Jaan_Tonisson_(Lasteleht), lk 197
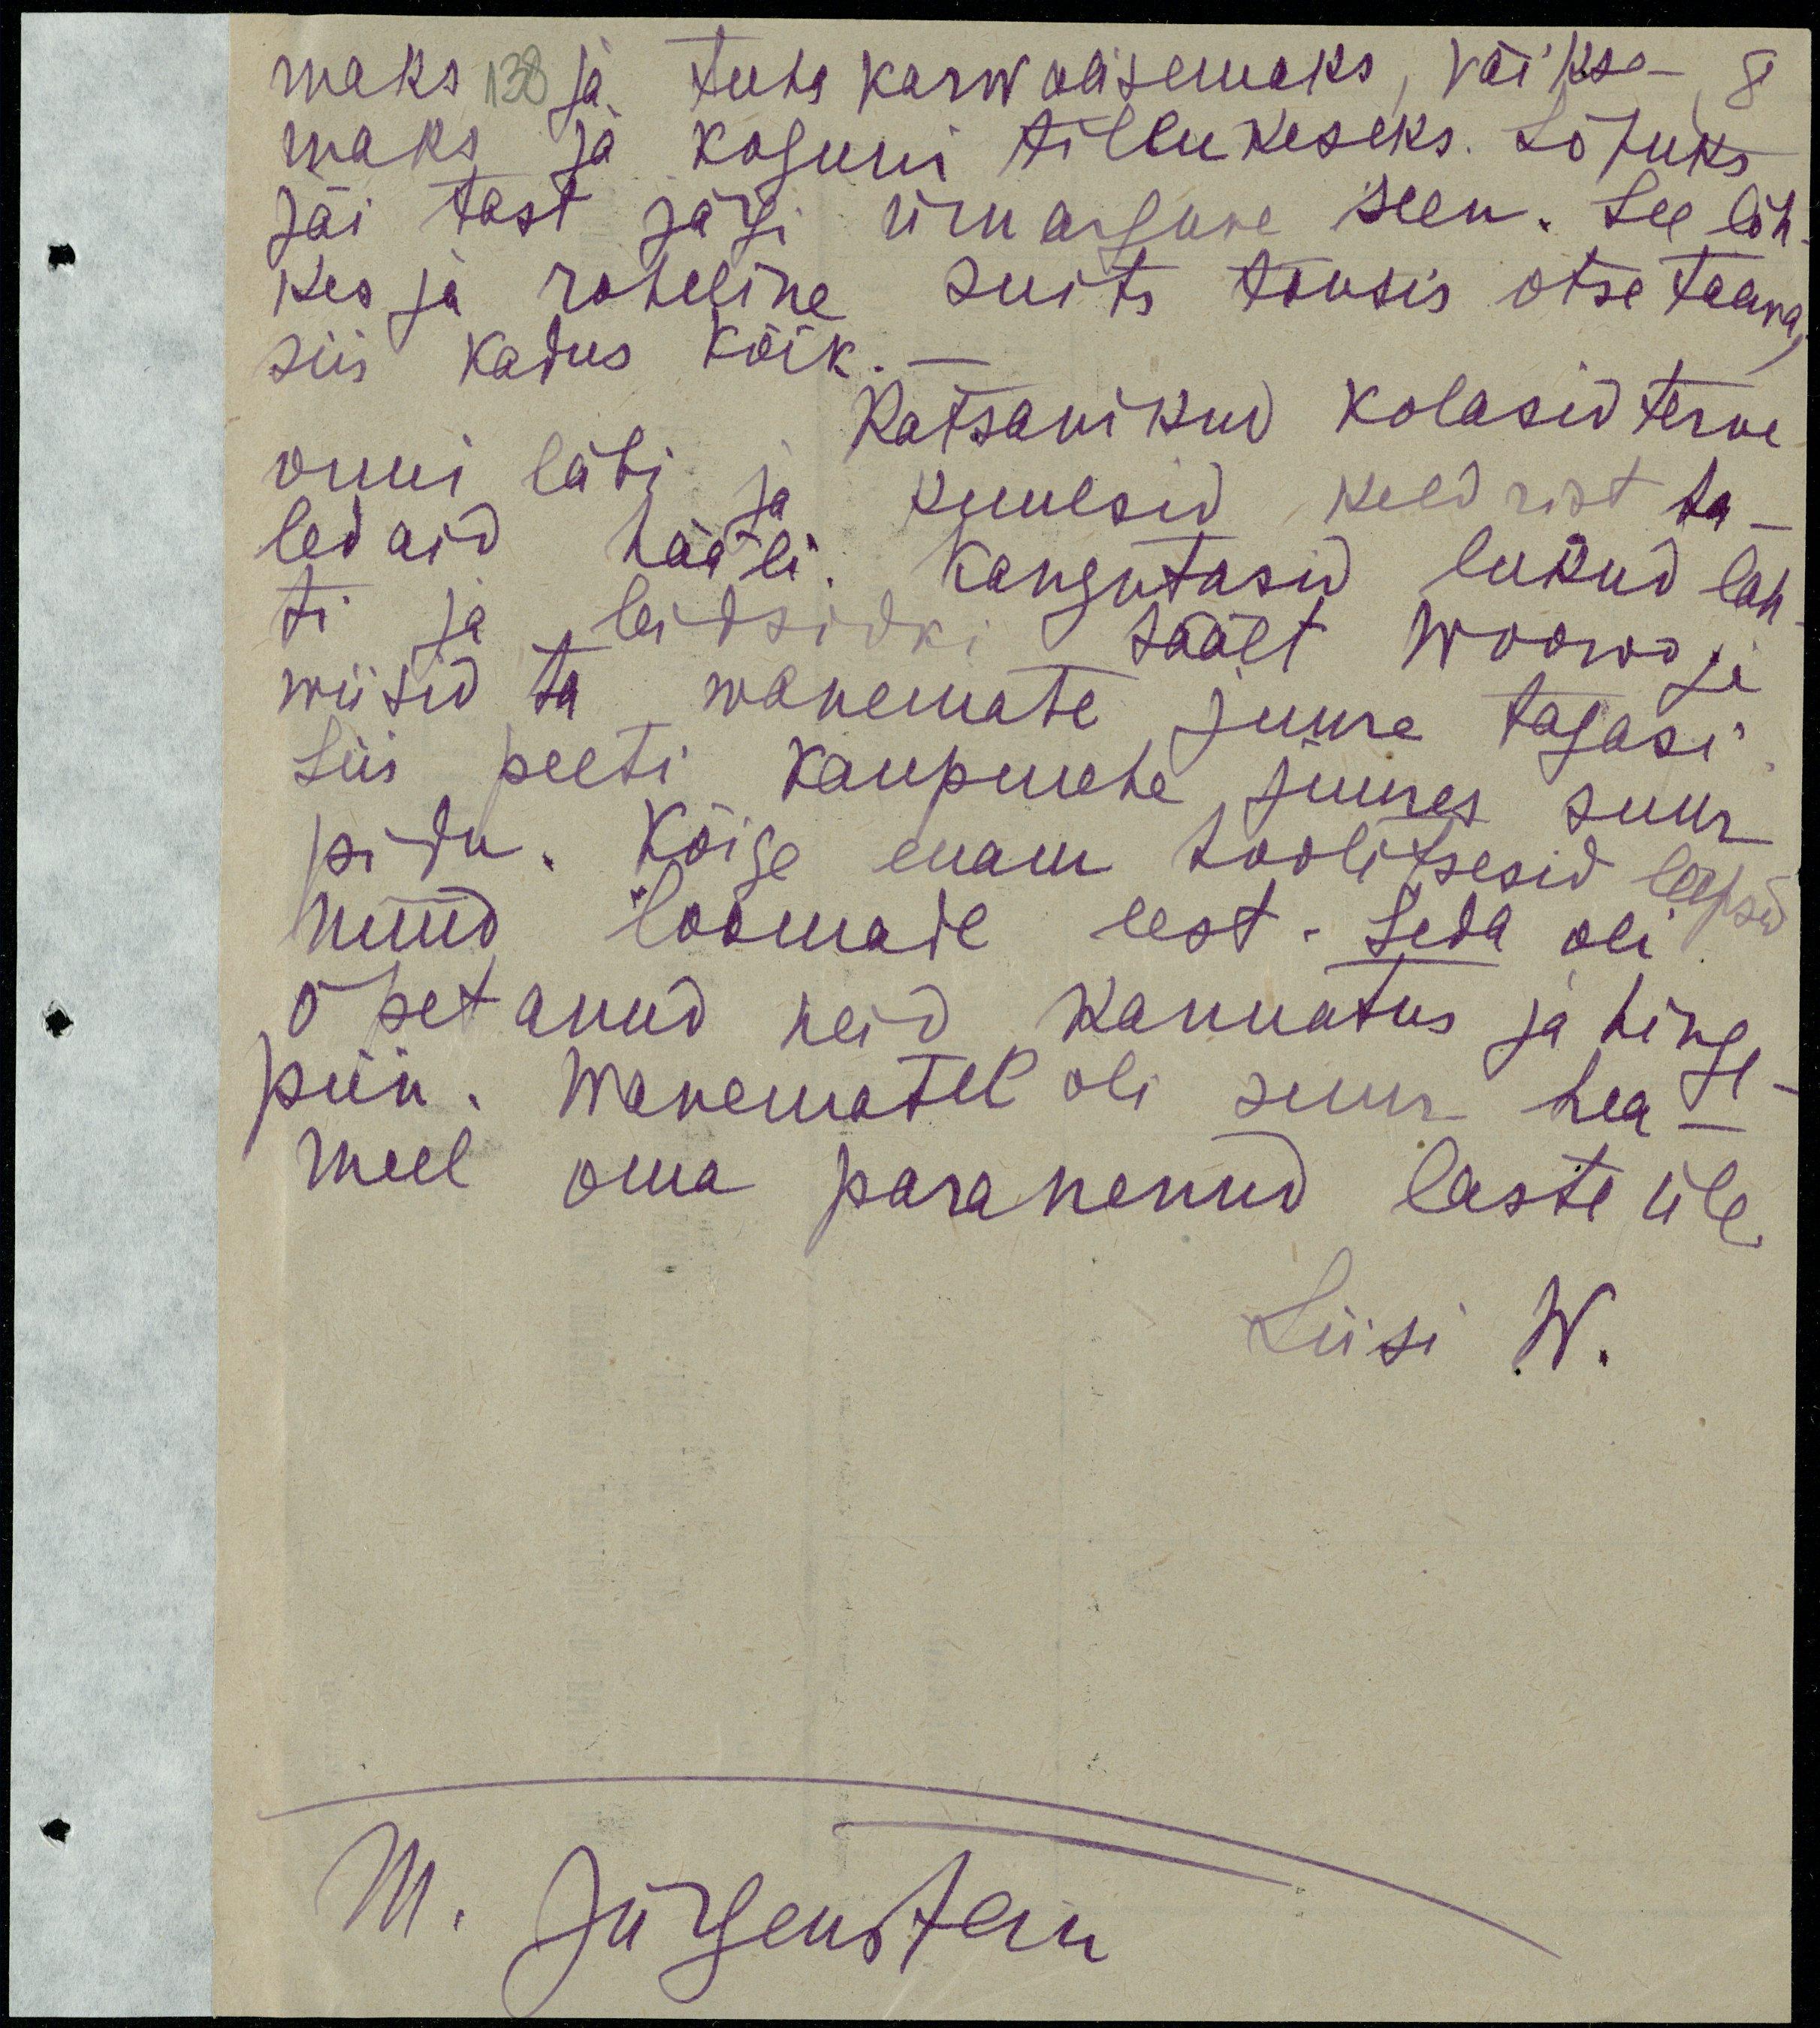
maks 138 ja tuka karwalisemaks, väikse- 8
maks ja koguni tillukeseks. Lõpuks
jäi tast järgi ümargune seen. See lõh-
kes ja roheline suits kerkis otse taewa,
siis kadus kõik.-
Ratsanikud kolasid terve
onni läbi ja kuulsid keldrist ha-
ledaid hääli. Kangutasid lukud lah-
ti ja leidsidki säält Woowo ja
wiisid ta wanemate juurde tagasi
Siis peeti kaupmehe juures suur
pidu. Kõige enam hoolitsesid lapsed
nüüd loomade eest. Seda oli
õpetanud neid kannatus ja hinge-
piin. Wanematel oli suur hea-
meel oma paranenud laste üle.
Liisi W.
M.Jürgenstein